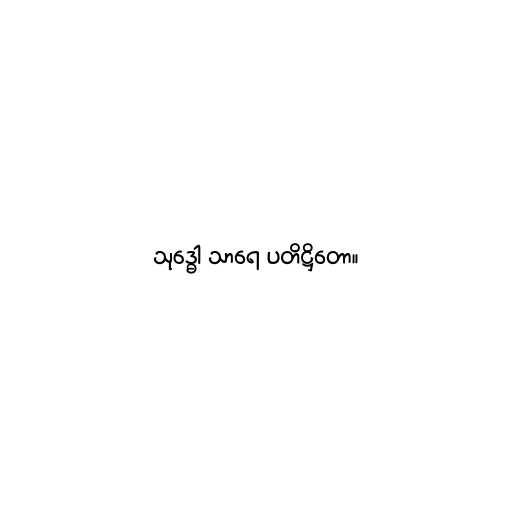
သုဒ္ဓေါ သာရေ ပတိဋ္ဌိတော။